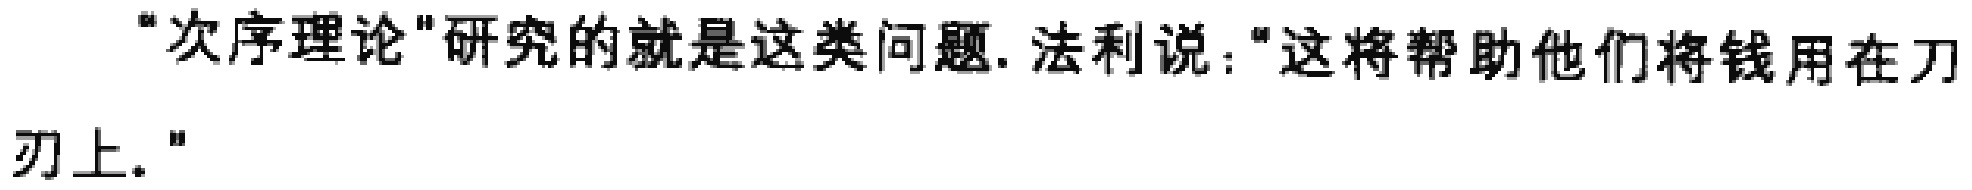
“次序理论"研究的就是这类问题. 法利说:“这将帮助他们将钱用在刀刃上.”